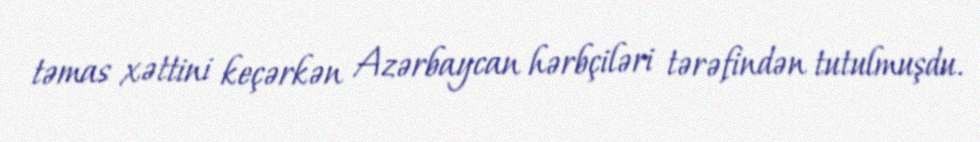
təmas xəttini keçərkən Azərbaycan hərbçiləri tərəfindən tutulmuşdu.